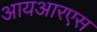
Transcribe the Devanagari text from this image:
आयआरएस